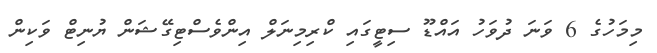
މިމަހުގެ 6 ވަނަ ދުވަހު އައްޑޫ ސިޓީގައި ކްރިމިނަލް އިންވެސްޓިގޭޝަން ޔުނިޓް ވަކިން